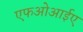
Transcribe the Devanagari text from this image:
एफओआईए